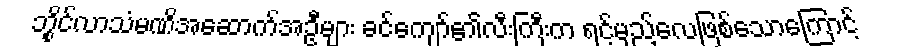
ဘွိုင်လာသံမဏိအဆောက်အဦများ ခင်ကျော်၏လီးကြီးက ရင့်မှည့်လေဖြစ်သောကြောင့်